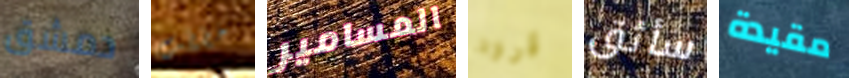
دمشق خططت المسامير قرود سأثق مقيدة